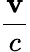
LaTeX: \frac{\mathbf{v}}{c}